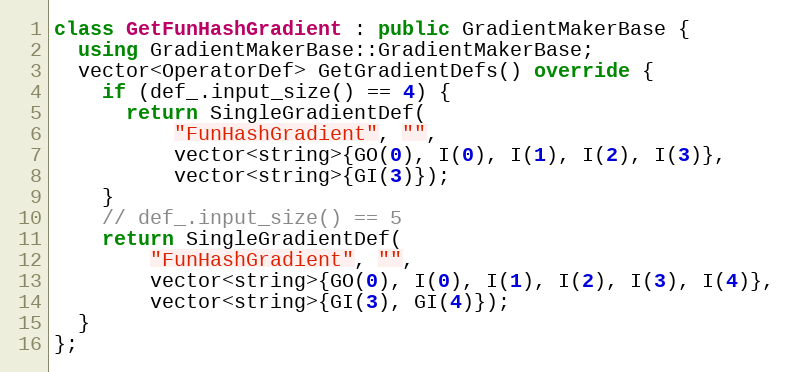
Language: C++
class GetFunHashGradient : public GradientMakerBase {
  using GradientMakerBase::GradientMakerBase;
  vector<OperatorDef> GetGradientDefs() override {
    if (def_.input_size() == 4) {
      return SingleGradientDef(
          "FunHashGradient", "",
          vector<string>{GO(0), I(0), I(1), I(2), I(3)},
          vector<string>{GI(3)});
    }
    // def_.input_size() == 5
    return SingleGradientDef(
        "FunHashGradient", "",
        vector<string>{GO(0), I(0), I(1), I(2), I(3), I(4)},
        vector<string>{GI(3), GI(4)});
  }
};